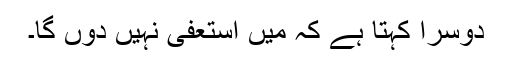
دوسرا کہتا ہے کہ میں استعفیٰ نہیں دوں گا۔